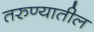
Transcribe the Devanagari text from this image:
तरुण्यातील